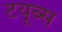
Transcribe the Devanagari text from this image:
टयूब्स